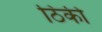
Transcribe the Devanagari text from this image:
ठिकी